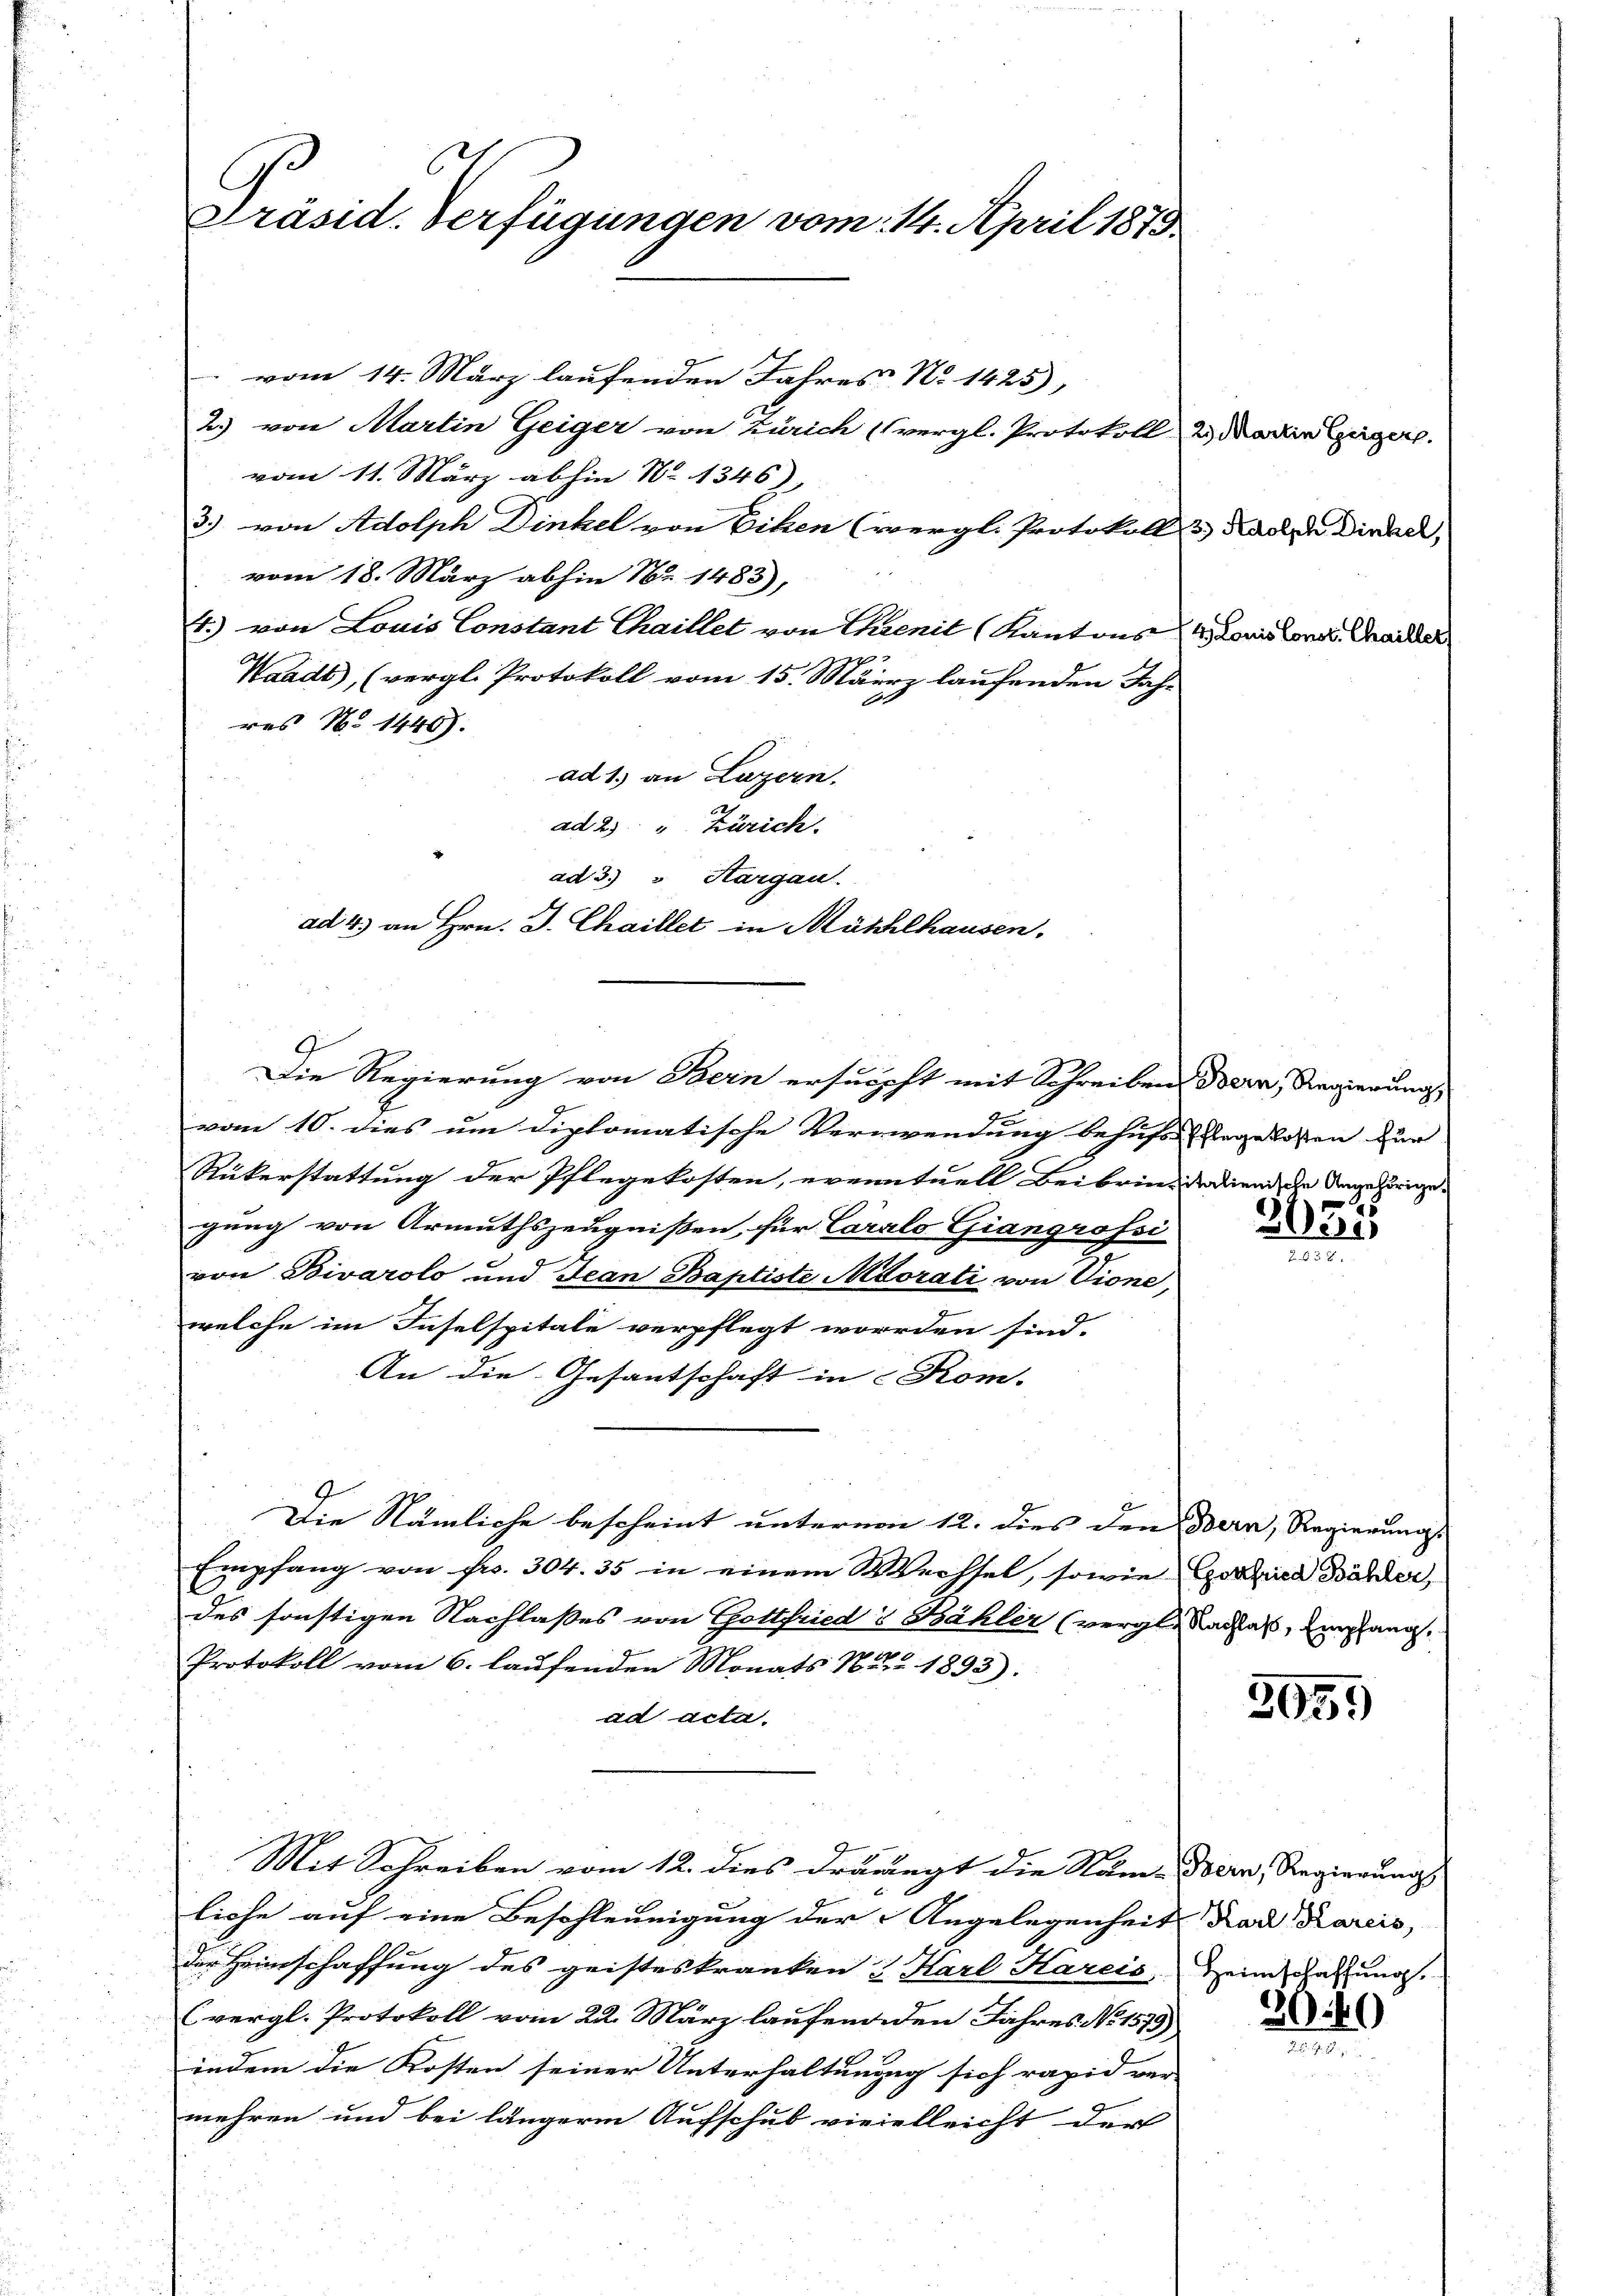
Präsid. Verfügungen vom 14. April 1873
 vom 14. März laufenden Jahres No 1425),
2) von Martin Geiger von Zürich (vergl. Protokoll & Mann zeiger.
vom 11. März abhin No 1346)

3) von Adolph Dinkel von Eisen (vergl. Protokoll & Kanze Direch,
vom 18. März abhin Nr. 1483),
4.) von Louis Constant Thaillet von Ehrenit Kantons 4. Louis londs Chaider
Waadt, (vergl. Protokoll vom 15. März laufenden Jahr
res No 1440).
ad 1. an Luzern.
ad 25 " Zürich.
ad 3.) " Hargau.
ad 4. an Hrn. J. Chaillet in Mühlhausen.

vom 10. dies um diplomatische Verwendung behufs Ehegelosen zur
Rükerstattung der Pflegekosten, eventuell Beibrindediend die Angehörige
gung von Armuthszeugnissen, für Caralo Giangrossi
von Bivarolo und Jean Baptiste Adorati von Vione,
welche im Inselspitale verpflegt worden sind.
An die Gesantschaft in Kom-
Die Nämliche bescheint unterne 12. dies den Bern, Regierungs
Empfang von Fr. 304. 35 in einem Wechsel, sowie Gotter Bälder,
des sonstigen Nachlaßes von Gottfrieds Bähler (vergl. Nachtes, empfang
Protokoll vom 6. laufenden Monats Nr. 1893).
ad acta.

Die Regierung von Bern ersuöpft mit Schreiben Bern, Regierung,
d

Mit Schreiben vom 12. dies drängt die Nam-Boern, Regierung

liche auf eine Beschleunigung der Angelegenheit das Paris,
der Heimschaffung des geisteskranken & Karl Kareis, Heim darung.
(vergl. Protokoll vom 22. März laufend den Jahres No. 1579)
indem die Kosten seiner Unterhaltung sich rapid ver-
mehren und bei längere Aufschub vieielleicht der

2055

2059

2040